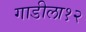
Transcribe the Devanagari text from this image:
गाडीला१२